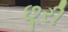
છૂરી